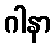
ဂါနာ